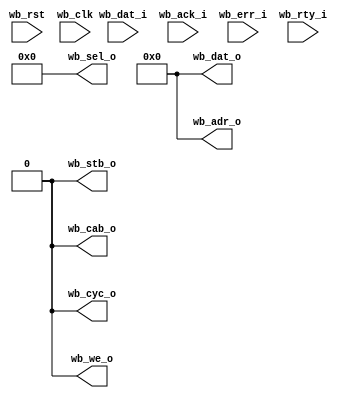

`timescale 1ps/1ps

module tessera_tic (
	wb_rst,
	wb_clk,
	wb_cyc_o,
	wb_adr_o,
	wb_dat_i,
	wb_dat_o,
	wb_sel_o,
	wb_ack_i,
	wb_err_i,
	wb_rty_i,
	wb_we_o,
	wb_stb_o,
	wb_cab_o
);
	input		wb_rst;
	input		wb_clk;
	output		wb_cyc_o;
	output	[31:0]	wb_adr_o;
	input	[31:0]	wb_dat_i;
	output	[31:0]	wb_dat_o;
	output	[3:0]	wb_sel_o;
	input		wb_ack_i;
	input		wb_err_i;
	input		wb_rty_i;
	output		wb_we_o;
	output		wb_stb_o;
	output		wb_cab_o;
`ifdef SIM
	reg		r_wb_cyc_o;
	reg	[31:0]	r_wb_adr_o;
	reg	[31:0]	r_wb_dat_o;
	reg	[31:0]	r_wb_sel_o;
	reg		r_wb_we_o;
	reg		r_wb_stb_o;
	reg		r_wb_cab_o;
	initial begin
		r_wb_cyc_o = 1'b0;
		r_wb_adr_o = 32'h0000_0000;
		r_wb_dat_o = 32'h0000_0000;
		r_wb_sel_o = 4'b0000;
		r_wb_we_o  = 1'b0;
		r_wb_stb_o = 1'b0;
		r_wb_cab_o = 1'b0;
	end
`define MISC_OFFSET 1
	assign #(`MISC_OFFSET) wb_cyc_o = r_wb_cyc_o;
	assign #(`MISC_OFFSET) wb_adr_o = r_wb_adr_o;
	assign #(`MISC_OFFSET) wb_dat_o = r_wb_dat_o;
	assign #(`MISC_OFFSET) wb_sel_o = r_wb_sel_o;
	assign #(`MISC_OFFSET) wb_we_o  = r_wb_we_o;
	assign #(`MISC_OFFSET) wb_stb_o = r_wb_stb_o;
	assign #(`MISC_OFFSET) wb_cab_o = r_wb_cab_o;
	task task_wr_ext;
		input		cab;
		input	[31:0]	adr;
		input	[3:0]	sel;
		input	[31:0]	data;
	begin
		begin
			r_wb_cyc_o <= 1'b1;
			r_wb_adr_o <= adr;
			r_wb_dat_o <= data;
			r_wb_sel_o <= sel;
			r_wb_we_o  <= 1'b1;
			r_wb_stb_o <= 1'b1;
			r_wb_cab_o <= cab;
		end
		begin : label_detect_wr_ext_ack
			forever @(posedge wb_clk) if (wb_ack_i==1'b1) disable label_detect_wr_ext_ack;
		end
		begin
			r_wb_cyc_o <= 1'b0;
			r_wb_adr_o <= adr;
			r_wb_dat_o <= data;
			r_wb_sel_o <= sel;
			r_wb_we_o  <= 1'b0;
			r_wb_stb_o <= 1'b0;
			r_wb_cab_o <= 1'b0;
		end
		@(posedge wb_clk);
	end
	endtask

	task task_rd_ext;
		input		cab;
		input	[31:0]	adr;
		input	[3:0]	sel;
		input	[31:0]	data;
	begin
		begin
			r_wb_cyc_o <= 1'b1;
			r_wb_adr_o <= adr;
			r_wb_dat_o <= data;
			r_wb_sel_o <= sel;
			r_wb_we_o  <= 1'b0;
			r_wb_stb_o <= 1'b1;
			r_wb_cab_o <= cab;
		end
		begin : label_detect_rd_ext_ack
			forever @(posedge wb_clk) if (wb_ack_i==1'b1) disable label_detect_rd_ext_ack;
		end
		begin
			r_wb_cyc_o <= 1'b0;
			r_wb_adr_o <= adr;
			r_wb_dat_o <= data;
			r_wb_sel_o <= sel;
			r_wb_we_o  <= 1'b0;
			r_wb_stb_o <= 1'b0;
			r_wb_cab_o <= 1'b0;
		end
		@(posedge wb_clk);
	end
	endtask
`else
	assign wb_cyc_o = 1'b0;
	assign wb_adr_o = 32'h0000_0000;
	assign wb_dat_o = 32'h0000_0000;
	assign wb_sel_o = 4'b0000;
	assign wb_we_o  = 1'b0;
	assign wb_stb_o = 1'b0;
	assign wb_cab_o = 1'b0;
`endif

endmodule